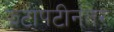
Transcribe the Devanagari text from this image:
झटापटीनंतर